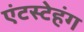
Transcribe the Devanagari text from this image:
एंटस्टेहंग